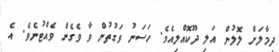
ދިމާލަށް ލޮލުން އަލި ދޫކޮއްލިއެވެ. ހަސަނު ވަގުތުން ވާ ވެގެން ވެއްޓުނެވެ. އެ